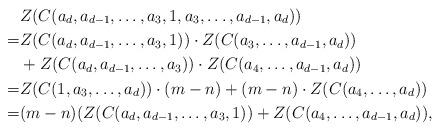
LaTeX: \begin{align*}&Z(C(a_d,a_{d-1},\ldots,a_3,1,a_3,\ldots,a_{d-1},a_d))\\=&Z(C(a_d,a_{d-1},\ldots,a_3,1))\cdot Z(C(a_3,\ldots,a_{d-1},a_d))\\&+Z(C(a_d,a_{d-1},\ldots,a_3))\cdot Z(C(a_4,\ldots,a_{d-1},a_d))\\=&Z(C(1,a_3,\ldots,a_d))\cdot (m-n)+(m-n)\cdot Z(C(a_4,\ldots,a_d))\\=& (m-n)(Z(C(a_d,a_{d-1},\ldots,a_3,1))+ Z(C(a_4,\ldots,a_{d-1},a_d)),\end{align*}